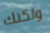
ولكنك